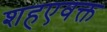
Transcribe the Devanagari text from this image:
शहएवक्त